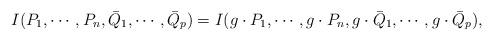
LaTeX: \begin{align*}I( P_1,\cdots,P_n, {\bar Q}_1,\cdots, {\bar Q}_p) =I(g\cdot P_1,\cdots,g\cdot P_n, g\cdot {\bar Q}_1,\cdots, g\cdot{\bar Q}_p),\end{align*}